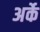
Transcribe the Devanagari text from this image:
अर्के